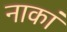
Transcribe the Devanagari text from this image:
नाकां